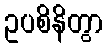
ဥပစိနိတွာ